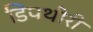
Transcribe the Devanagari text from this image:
डिपथीरी